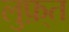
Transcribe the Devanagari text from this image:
लुफ़्त